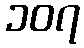
၁၀၇